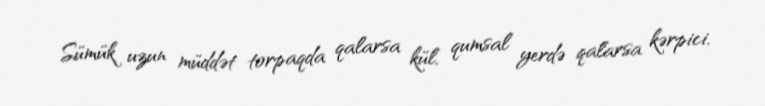
Sümük uzun müddət torpaqda qalarsa kül, qumsal yerdə qalarsa kərpici,